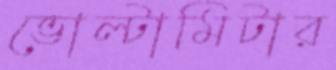
ভোল্টামিটার